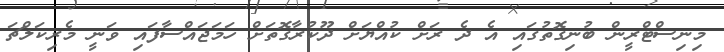
މިނިސްޓްރީން ބުނިގޮތުގައި އެ ދެ ރަށް ކުއްޔަށް ދޫކުރާގޮތަށް ހަމަޖައްސާފައި ވަނީ މެރިކަލްޗަ